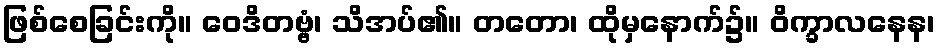
ဖြစ်စေခြင်းကို။ ဝေဒိတဗ္ဗံ၊ သိအပ်၏။ တတော၊ ထိုမှနောက်၌။ ဝိက္ခာလနေန၊